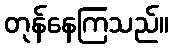
တုန်နေကြသည်။